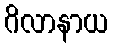
ဂိလာနာယ